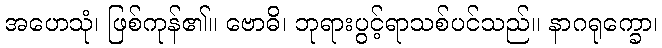
အဟေသုံ၊ ဖြစ်ကုန်၏။ ဗောဓိ၊ ဘုရားပွင့်ရာသစ်ပင်သည်။ နာဂရုက္ခော၊